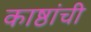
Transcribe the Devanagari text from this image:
काष्ठांची